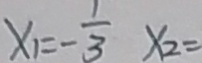
x _ { 1 } = - \frac { 1 } { 3 } x _ { 2 } =